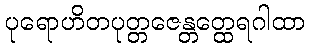
ပုရောဟိတပုတ္တဇေန္တတ္ထေရဂါထာ